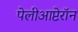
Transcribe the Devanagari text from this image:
पेलीआप्टेरॉन